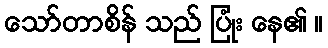
သော်တာစိန် သည် ပြုံး နေ၏ ။